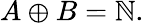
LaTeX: A\oplus B=\mathbb{N}.